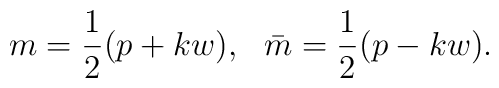
m=\frac{1}{2}(p+kw),~~ \bar{m}= \frac{1}{2}(p-kw).